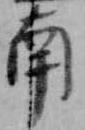
南